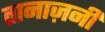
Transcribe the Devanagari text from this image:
तानाज़नी